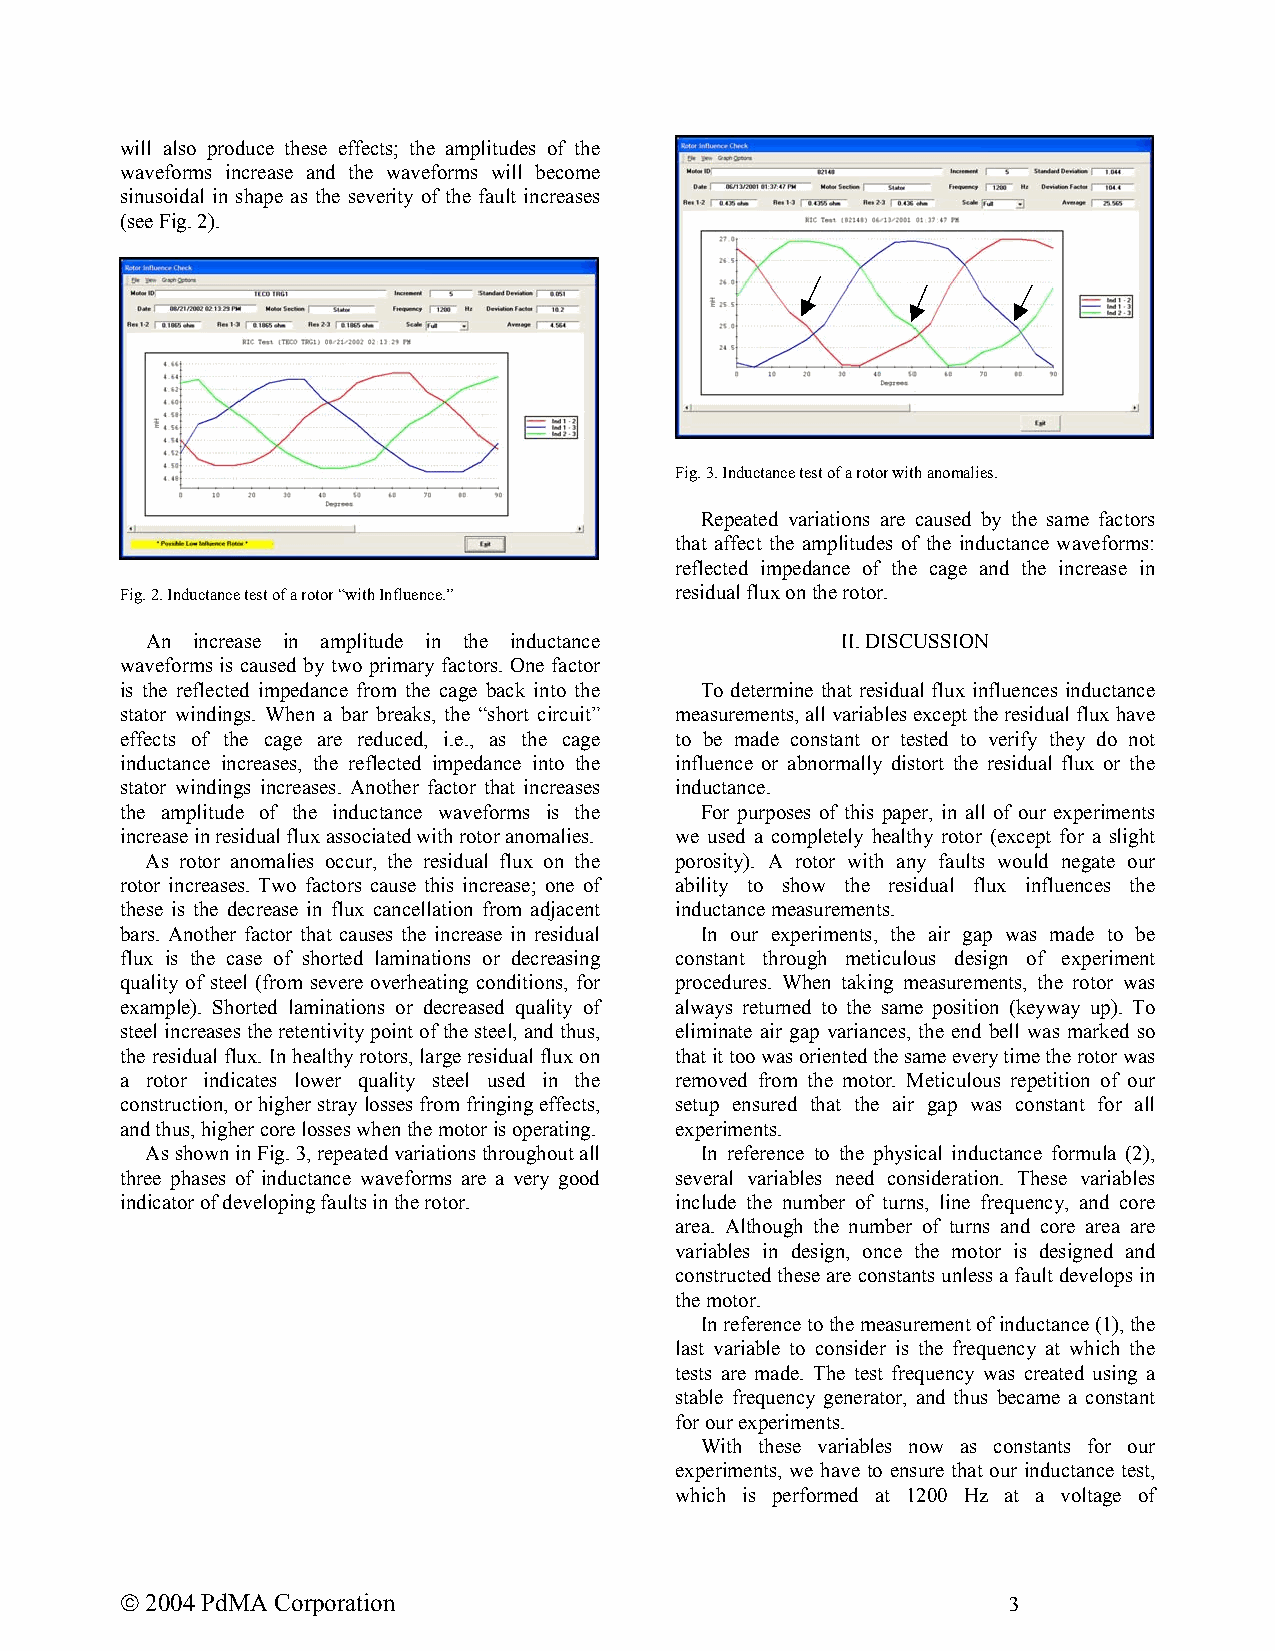
will also produce these effects; the amplitudes of the
 waveforms increase and the waveforms will become
 sinusoidal in shape as the severity of the fault increases
 (see Fig. 2).
 Fig. 3. Inductance test of a rotor with anomalies.
 Repeated variations are caused by the same factors
 that affect the amplitudes of the inductance waveforms:
 reflected impedance of the cage and the increase in
 Fig. 2. Inductance test of a rotor “with Influence.” residual flux on the rotor.
 An increase in amplitude in the inductance    II. DISCUSSION
 waveforms is caused by two primary factors. One factor
 is the reflected impedance from the cage back into the To determine that residual flux influences inductance
 stator windings. When a bar breaks, the “short circuit” measurements, all variables except the residual flux have
 effects of the cage are reduced, i.e., as the cage to be made constant or tested to verify they do not
 inductance increases, the reflected impedance into the influence or abnormally distort the residual flux or the
 stator windings increases. Another factor that increases inductance.
 the amplitude of the inductance waveforms is the For purposes of this paper, in all of our experiments
 increase in residual flux associated with rotor anomalies. we used a completely healthy rotor (except for a slight
 As rotor anomalies occur, the residual flux on the porosity). A rotor with any faults would negate our
 rotor increases. Two factors cause this increase; one of ability to show the residual flux influences the
 these is the decrease in flux cancellation from adjacent inductance measurements.
 bars. Another factor that causes the increase in residual In our experiments, the air gap was made to be
 flux is the case of shorted laminations or decreasing constant through meticulous design of experiment
 quality of steel (from severe overheating conditions, for procedures. When taking measurements, the rotor was
 example). Shorted laminations or decreased quality of always returned to the same position (keyway up). To
 steel increases the retentivity point of the steel, and thus, eliminate air gap variances, the end bell was marked so
 the residual flux. In healthy rotors, large residual flux on that it too was oriented the same every time the rotor was
 a rotor indicates lower quality steel used in the removed from the motor. Meticulous repetition of our
 construction, or higher stray losses from fringing effects, setup ensured that the air gap was constant for all
 and thus, higher core losses when the motor is operating. experiments.
 As shown in Fig. 3, repeated variations throughout all In reference to the physical inductance formula (2),
 three phases of inductance waveforms are a very good several variables need consideration. These variables
 indicator of developing faults in the rotor. include the number of turns, line frequency, and core
 area. Although the number of turns and core area are
 variables in design, once the motor is designed and
 constructed these are constants unless a fault develops in
 the motor.
 In reference to the measurement of inductance (1), the
 last variable to consider is the frequency at which the
 tests are made. The test frequency was created using a
 stable frequency generator, and thus became a constant
 for our experiments.
 With these variables now as constants for our
 experiments, we have to ensure that our inductance test,
 which is performed at 1200 Hz at a voltage of
  2004 PdMA Corporation                                    3